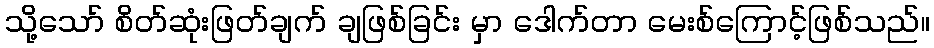
သို့သော် စိတ်ဆုံးဖြတ်ချက် ချဖြစ်ခြင်း မှာ ဒေါက်တာ မေးစ်ကြောင့်ဖြစ်သည်။